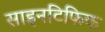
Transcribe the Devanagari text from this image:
साइनटिफिक